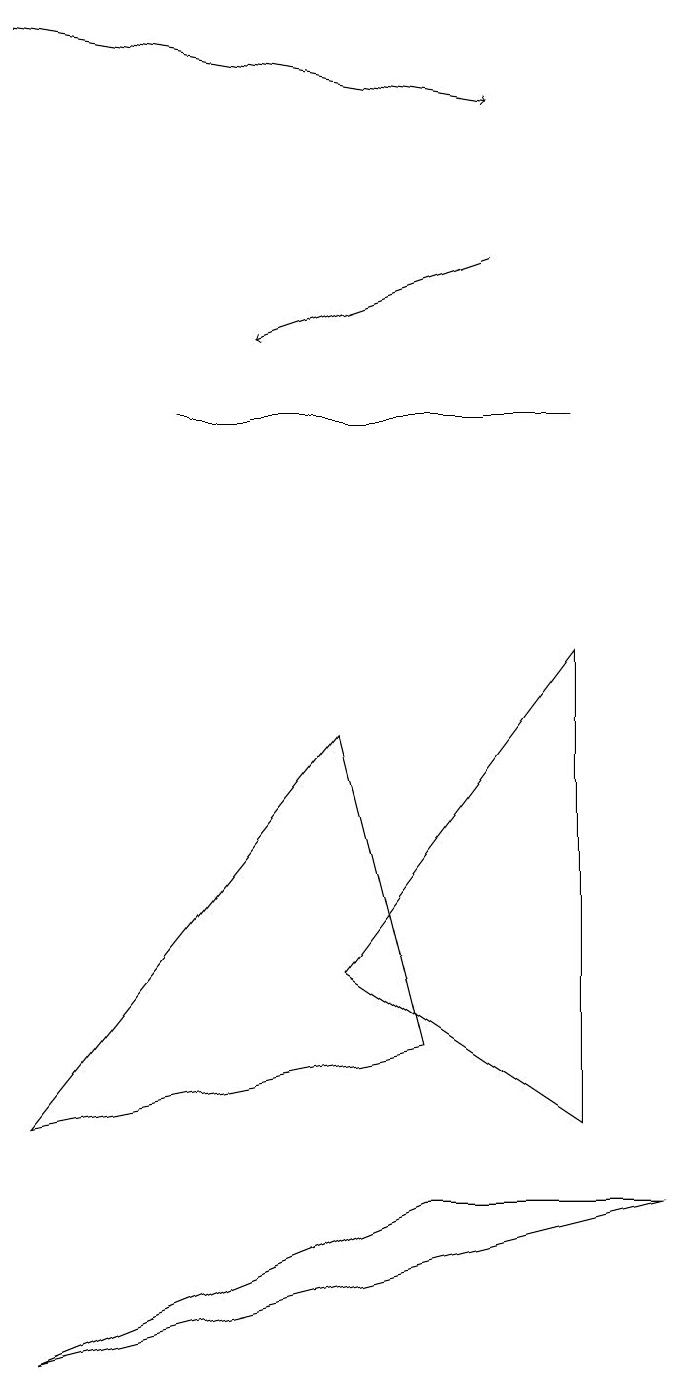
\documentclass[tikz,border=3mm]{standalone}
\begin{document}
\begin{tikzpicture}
\draw (9,2) -- (6,2) -- (1,0) -- cycle;
\draw[->] (7,14) -- (4,13);
\draw (8,3) -- (8,9) -- (5,5) -- cycle;
\draw[->] (1,17) -- (7,16);
\draw (8,12) rectangle (3,12);
\draw (6,4) -- (5,8) -- (1,3) -- cycle;
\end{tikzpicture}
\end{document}